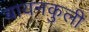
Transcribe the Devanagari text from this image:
बायनकुली